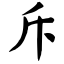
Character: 斥